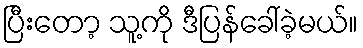
ပြီးတော့ သူ့ကို ဒီပြန်ခေါ်ခဲ့မယ်။